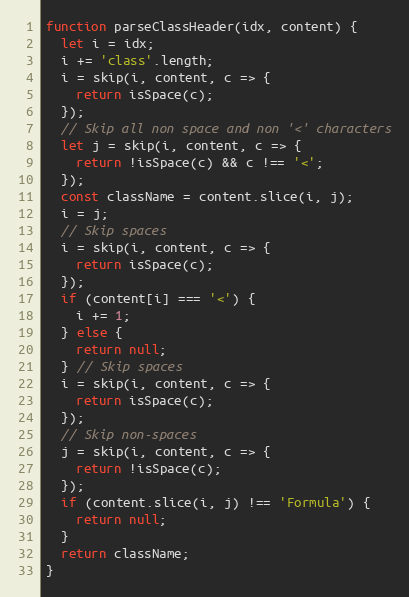
Language: JavaScript
function parseClassHeader(idx, content) {
  let i = idx;
  i += 'class'.length;
  i = skip(i, content, c => {
    return isSpace(c);
  });
  // Skip all non space and non '<' characters
  let j = skip(i, content, c => {
    return !isSpace(c) && c !== '<';
  });
  const className = content.slice(i, j);
  i = j;
  // Skip spaces
  i = skip(i, content, c => {
    return isSpace(c);
  });
  if (content[i] === '<') {
    i += 1;
  } else {
    return null;
  } // Skip spaces
  i = skip(i, content, c => {
    return isSpace(c);
  });
  // Skip non-spaces
  j = skip(i, content, c => {
    return !isSpace(c);
  });
  if (content.slice(i, j) !== 'Formula') {
    return null;
  }
  return className;
}